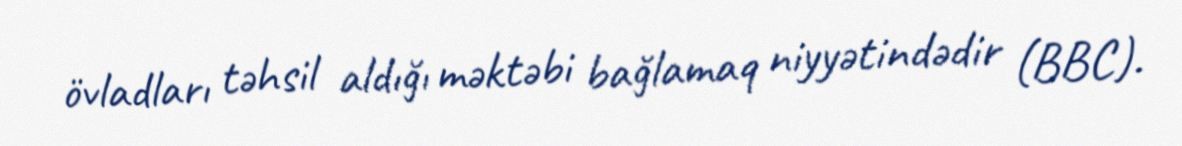
övladları təhsil aldığı məktəbi bağlamaq niyyətindədir (BBC).